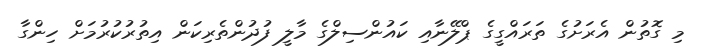
މި ގޮތުން އެރަށުގެ ތަރައްގީގެ ޕްލޭނާއި ކައުންސިލްގެ މާލީ ފުދުންތެރިކަން އިތުރުކުރުމަށް ހިންގާ